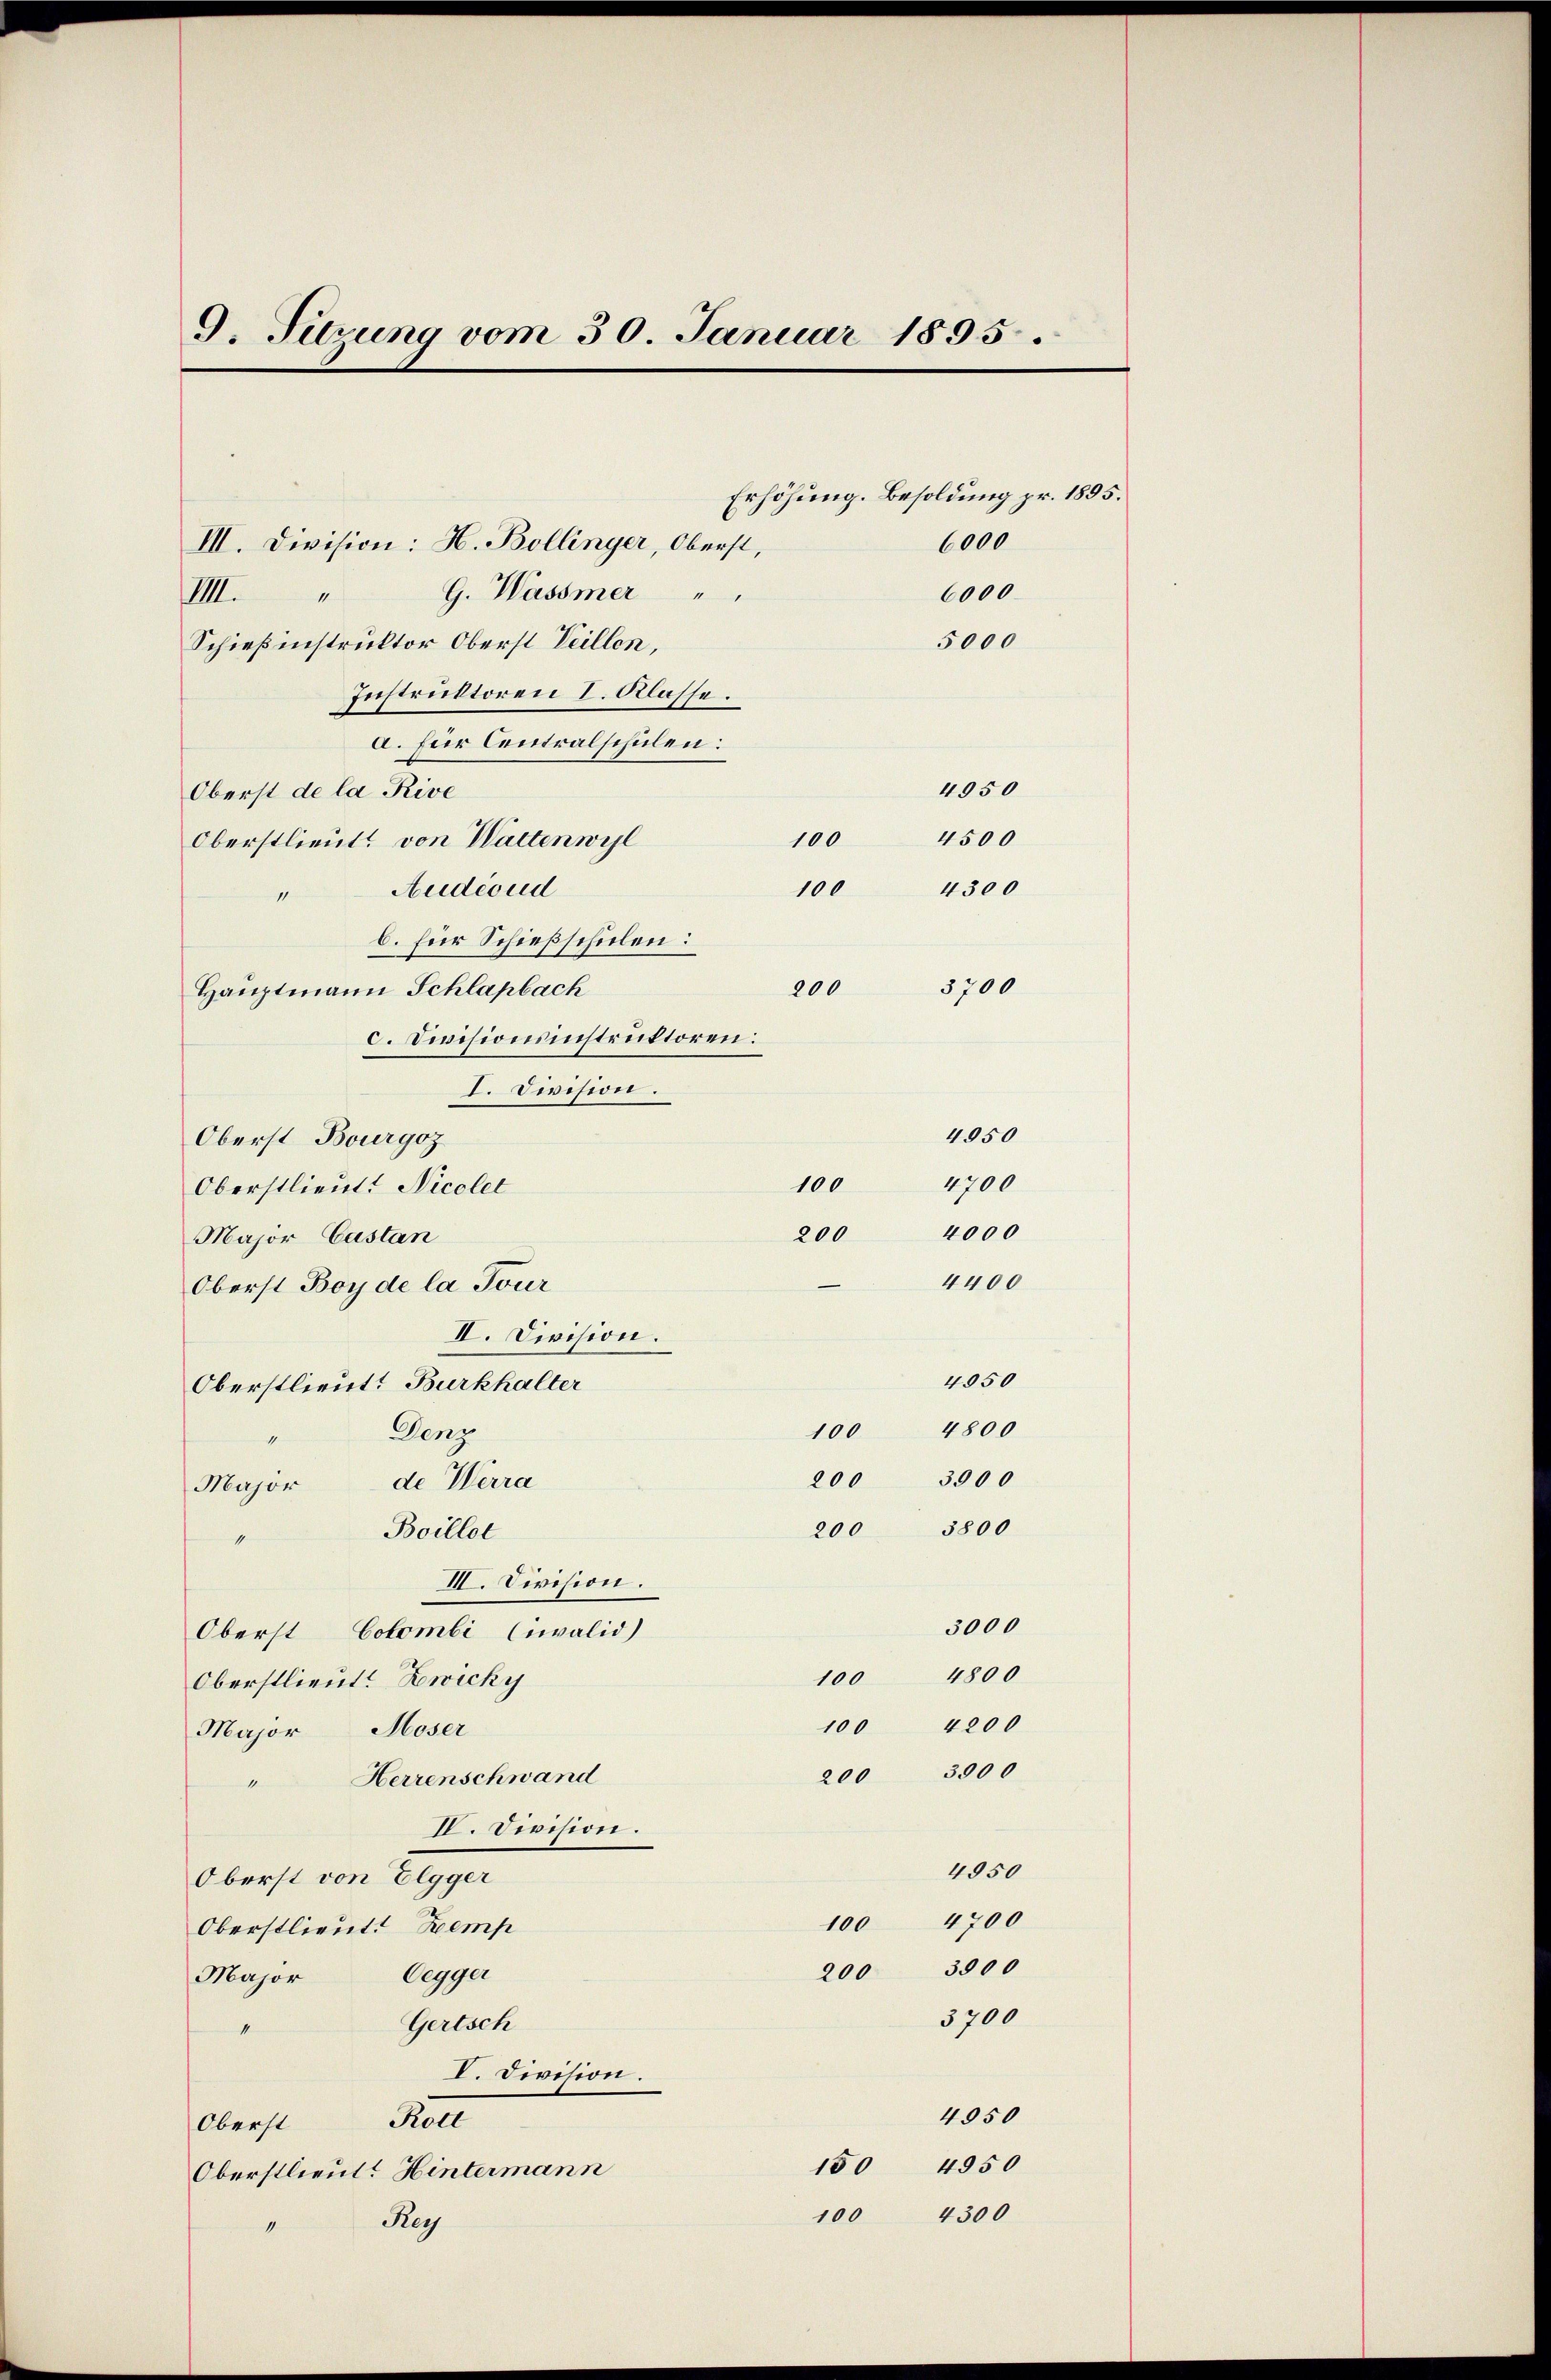
9. Sitzung vom 30. Januar 1895.

III. Division: H. Bollinger, Oberst,
G. Wassmer
1
Schießinstruktor Oberst Teillen,
Instruktoren I. Klasse.
a. für Centralschulen:
Oberst de la Rive
100
Oberstlieut. von Walten wil
100
Audeoud
11
b. für Schießschulen:
200
Hauptmann Schlapbach
c. Divisionsinstruktoren:
I. Division.
Oberst Bourgoz
Oberstlieut. Nicoler
Major Castan
Oberst Boy de la Tour
II. Division.
Oberstlieut. Burkhalter
Denz
100
4
200
de Werra
Major
Boillot
1
III. Division.
Oberst Colombi Cavalid)
100
Oberstlieut. Zwicky
Major Moser
200
Herrenschwand
1
IV. Division.
Oberst von Elgger
100
Oberstlieut. Kemp
Oegger
Major
Gertsch
4
I. Division.
Oberst Koll
150
Oberstlieut. Hintermann
100
Rey
1

VIII.

200

Erhöhung. Besoldung pr. 1895.
6000
6000
5000

4950
4500
4300

100

3700

4050
4700
4000
4400
4050
4800
3000
3000
4800
100 4200
3000
4950
4700
200 3800
3700
4050
4950
4300

200 3800